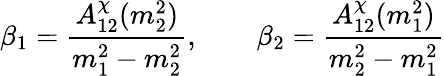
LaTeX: \beta_{1}={\frac{A_{12}^{\chi}(m_{2}^{2})}{m_{1}^{2}-m_{2}^{2}}},\qquad\beta_{2}={\frac{A_{12}^{\chi}(m_{1}^{2})}{m_{2}^{2}-m_{1}^{2}}}